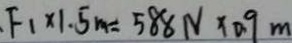
. F _ { 1 } \times 1 . 5 m = 5 8 8 N \times 0 . 9 m